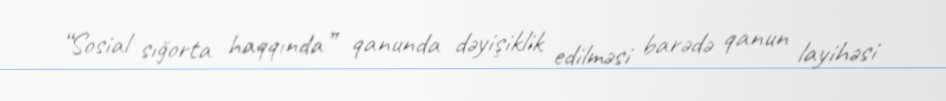
“Sosial sığorta haqqında” qanunda dəyişiklik edilməsi barədə qanun layihəsi